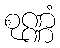
စုဏ္ဏံ